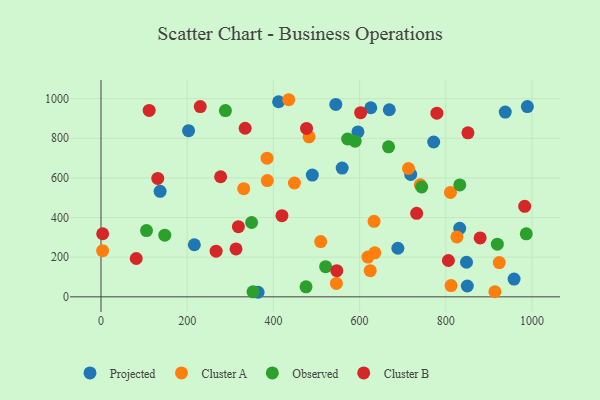
{"axis": {"x": "Price", "y": "Yield"}, "legend": ["Cluster A", "Cluster B", "Observed", "Projected"], "data": [{"x": "559.6", "y": 649.8, "type": "Projected"}, {"x": "412.1", "y": 984.4, "type": "Projected"}, {"x": "938.0", "y": 932.2, "type": "Projected"}, {"x": "688.8", "y": 245.1, "type": "Projected"}, {"x": "848.1", "y": 174.6, "type": "Projected"}, {"x": "718.6", "y": 617.5, "type": "Projected"}, {"x": "364.5", "y": 23.0, "type": "Projected"}, {"x": "596.2", "y": 832.0, "type": "Projected"}, {"x": "626.0", "y": 954.0, "type": "Projected"}, {"x": "668.9", "y": 943.8, "type": "Projected"}, {"x": "203.2", "y": 838.5, "type": "Projected"}, {"x": "989.3", "y": 959.7, "type": "Projected"}, {"x": "137.2", "y": 532.1, "type": "Projected"}, {"x": "832.3", "y": 345.8, "type": "Projected"}, {"x": "544.8", "y": 970.8, "type": "Projected"}, {"x": "216.6", "y": 262.9, "type": "Projected"}, {"x": "771.9", "y": 781.2, "type": "Projected"}, {"x": "849.9", "y": 54.7, "type": "Projected"}, {"x": "958.4", "y": 89.4, "type": "Projected"}, {"x": "490.3", "y": 614.5, "type": "Projected"}, {"x": "713.4", "y": 647.6, "type": "Cluster A"}, {"x": "385.3", "y": 699.4, "type": "Cluster A"}, {"x": "509.8", "y": 279.0, "type": "Cluster A"}, {"x": "914.0", "y": 26.0, "type": "Cluster A"}, {"x": "810.9", "y": 527.0, "type": "Cluster A"}, {"x": "482.8", "y": 807.4, "type": "Cluster A"}, {"x": "619.4", "y": 200.4, "type": "Cluster A"}, {"x": "812.2", "y": 57.0, "type": "Cluster A"}, {"x": "825.8", "y": 302.3, "type": "Cluster A"}, {"x": "3.8", "y": 232.8, "type": "Cluster A"}, {"x": "386.0", "y": 586.4, "type": "Cluster A"}, {"x": "435.6", "y": 994.5, "type": "Cluster A"}, {"x": "448.8", "y": 574.3, "type": "Cluster A"}, {"x": "924.1", "y": 172.9, "type": "Cluster A"}, {"x": "635.3", "y": 222.1, "type": "Cluster A"}, {"x": "740.9", "y": 565.1, "type": "Cluster A"}, {"x": "633.6", "y": 381.2, "type": "Cluster A"}, {"x": "331.2", "y": 545.7, "type": "Cluster A"}, {"x": "546.2", "y": 67.9, "type": "Cluster A"}, {"x": "624.7", "y": 132.1, "type": "Cluster A"}, {"x": "521.2", "y": 152.3, "type": "Observed"}, {"x": "986.7", "y": 317.7, "type": "Observed"}, {"x": "352.7", "y": 25.2, "type": "Observed"}, {"x": "572.3", "y": 796.3, "type": "Observed"}, {"x": "148.0", "y": 311.0, "type": "Observed"}, {"x": "919.6", "y": 265.5, "type": "Observed"}, {"x": "832.5", "y": 564.8, "type": "Observed"}, {"x": "288.7", "y": 939.7, "type": "Observed"}, {"x": "349.5", "y": 375.1, "type": "Observed"}, {"x": "589.6", "y": 785.4, "type": "Observed"}, {"x": "475.7", "y": 50.4, "type": "Observed"}, {"x": "744.1", "y": 554.2, "type": "Observed"}, {"x": "105.6", "y": 334.2, "type": "Observed"}, {"x": "667.2", "y": 756.7, "type": "Observed"}, {"x": "879.7", "y": 297.4, "type": "Cluster B"}, {"x": "277.6", "y": 605.8, "type": "Cluster B"}, {"x": "732.4", "y": 421.2, "type": "Cluster B"}, {"x": "131.7", "y": 597.2, "type": "Cluster B"}, {"x": "313.3", "y": 241.9, "type": "Cluster B"}, {"x": "3.9", "y": 318.4, "type": "Cluster B"}, {"x": "806.1", "y": 183.3, "type": "Cluster B"}, {"x": "267.1", "y": 230.2, "type": "Cluster B"}, {"x": "419.9", "y": 409.5, "type": "Cluster B"}, {"x": "602.4", "y": 929.4, "type": "Cluster B"}, {"x": "81.8", "y": 193.5, "type": "Cluster B"}, {"x": "334.5", "y": 850.6, "type": "Cluster B"}, {"x": "983.1", "y": 456.9, "type": "Cluster B"}, {"x": "851.4", "y": 827.3, "type": "Cluster B"}, {"x": "476.9", "y": 849.7, "type": "Cluster B"}, {"x": "779.3", "y": 926.6, "type": "Cluster B"}, {"x": "230.3", "y": 960.0, "type": "Cluster B"}, {"x": "547.1", "y": 132.2, "type": "Cluster B"}, {"x": "111.8", "y": 940.3, "type": "Cluster B"}, {"x": "318.8", "y": 354.2, "type": "Cluster B"}]}